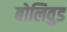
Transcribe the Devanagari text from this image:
बोलिवुड